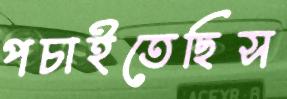
পচাইতেছিস